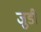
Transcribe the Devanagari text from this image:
जुडी